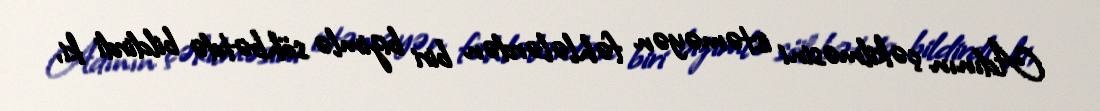
Adının çəkilməsini istəməyən fəhlələrdən biri bizimlə söhbətdə bildirdi ki,